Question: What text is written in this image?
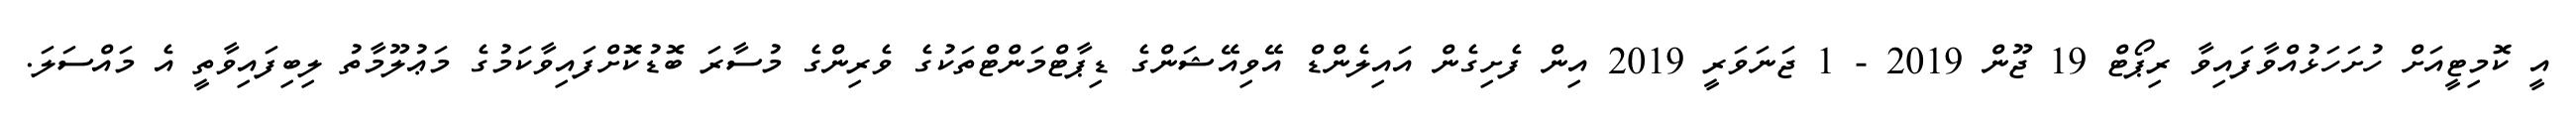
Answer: އީ ކޮމިޓީއަށް ހުށަހަޅުއްވާފައިވާ ރިޕޯޓް 19 ޖޫން 2019 - 1 ޖަނަވަރީ 2019 އިން ފެށިގެން އައިލެންޑް އޭވިއޭޝަންގެ ޑިޕާޓްމަންޓްތަކުގެ ވެރިންގެ މުސާރަ ބޮޑުކޮށްފައިވާކަމުގެ މަޢުލޫމާތު ލިބިފައިވާތީ އެ މައްސަލަ.